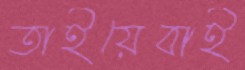
তাইয়েবাই